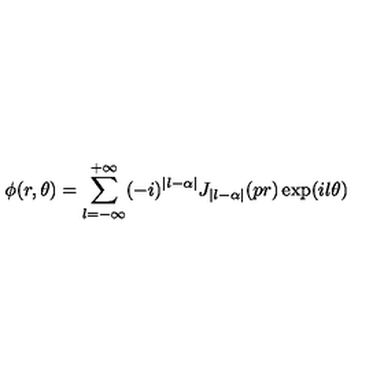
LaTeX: \phi ( r , \theta ) = \sum _ { l = - \infty } ^ { + \infty } ( - i ) ^ { | l - \alpha | } J _ { | l - \alpha | } ( p r ) \exp ( i l \theta )